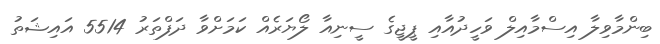
ބިންމާވިލާ އިސްމާއިލް ވަހީދުއާއި ޕީޖީގެ ސީނިއާ ލޯޔަރެއް ކަމަށްވާ ދަފްތަރު 5514 އައިޝަތު